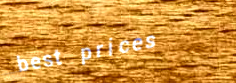
best prices